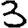
Digit: 3